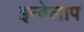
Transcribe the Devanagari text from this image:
इन्वेलाप